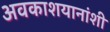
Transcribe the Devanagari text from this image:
अवकाशयानांशी